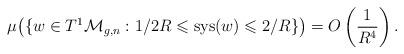
LaTeX: \begin{align*}\mu \big(\{w\in T^1\mathcal{M}_{g,n}: 1/2R \leqslant \textrm{sys}(w)\leqslant 2/R\} \big) = O\left( \frac{1}{R^{4}} \right).\end{align*}